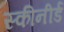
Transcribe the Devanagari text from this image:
स्कीनीर्ड